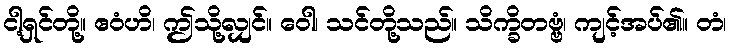
ငါ့ရှင်တို့။ ဧဝံဟိ၊ ဤသို့လျှင်။ ဝေါ၊ သင်တို့သည်။ သိက္ခိတဗ္ဗံ၊ ကျင့်အပ်၏။ တံ၊